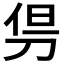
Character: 𠜬